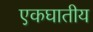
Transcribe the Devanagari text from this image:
एकघातीय